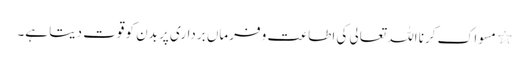
٭ مسواک کرنا اللہ تعالی کی اطاعت و فرماں برداری پر بدن کو قوت دیتا ہے۔